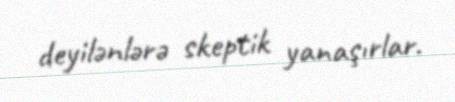
deyilənlərə skeptik yanaşırlar.